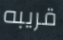
قريبه